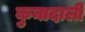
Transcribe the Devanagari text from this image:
कुनादाली